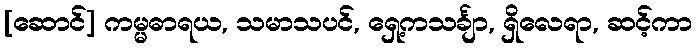
[ဆောင်] ကမ္မဓာရယ, သမာသပင်, ရှေ့ကသင်္ချာ, ရှိလေရာ, ဆင့်ကာ